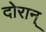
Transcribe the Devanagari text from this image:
दोरान्